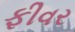
ફીવર